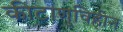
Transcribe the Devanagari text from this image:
कीटाणुविहीन